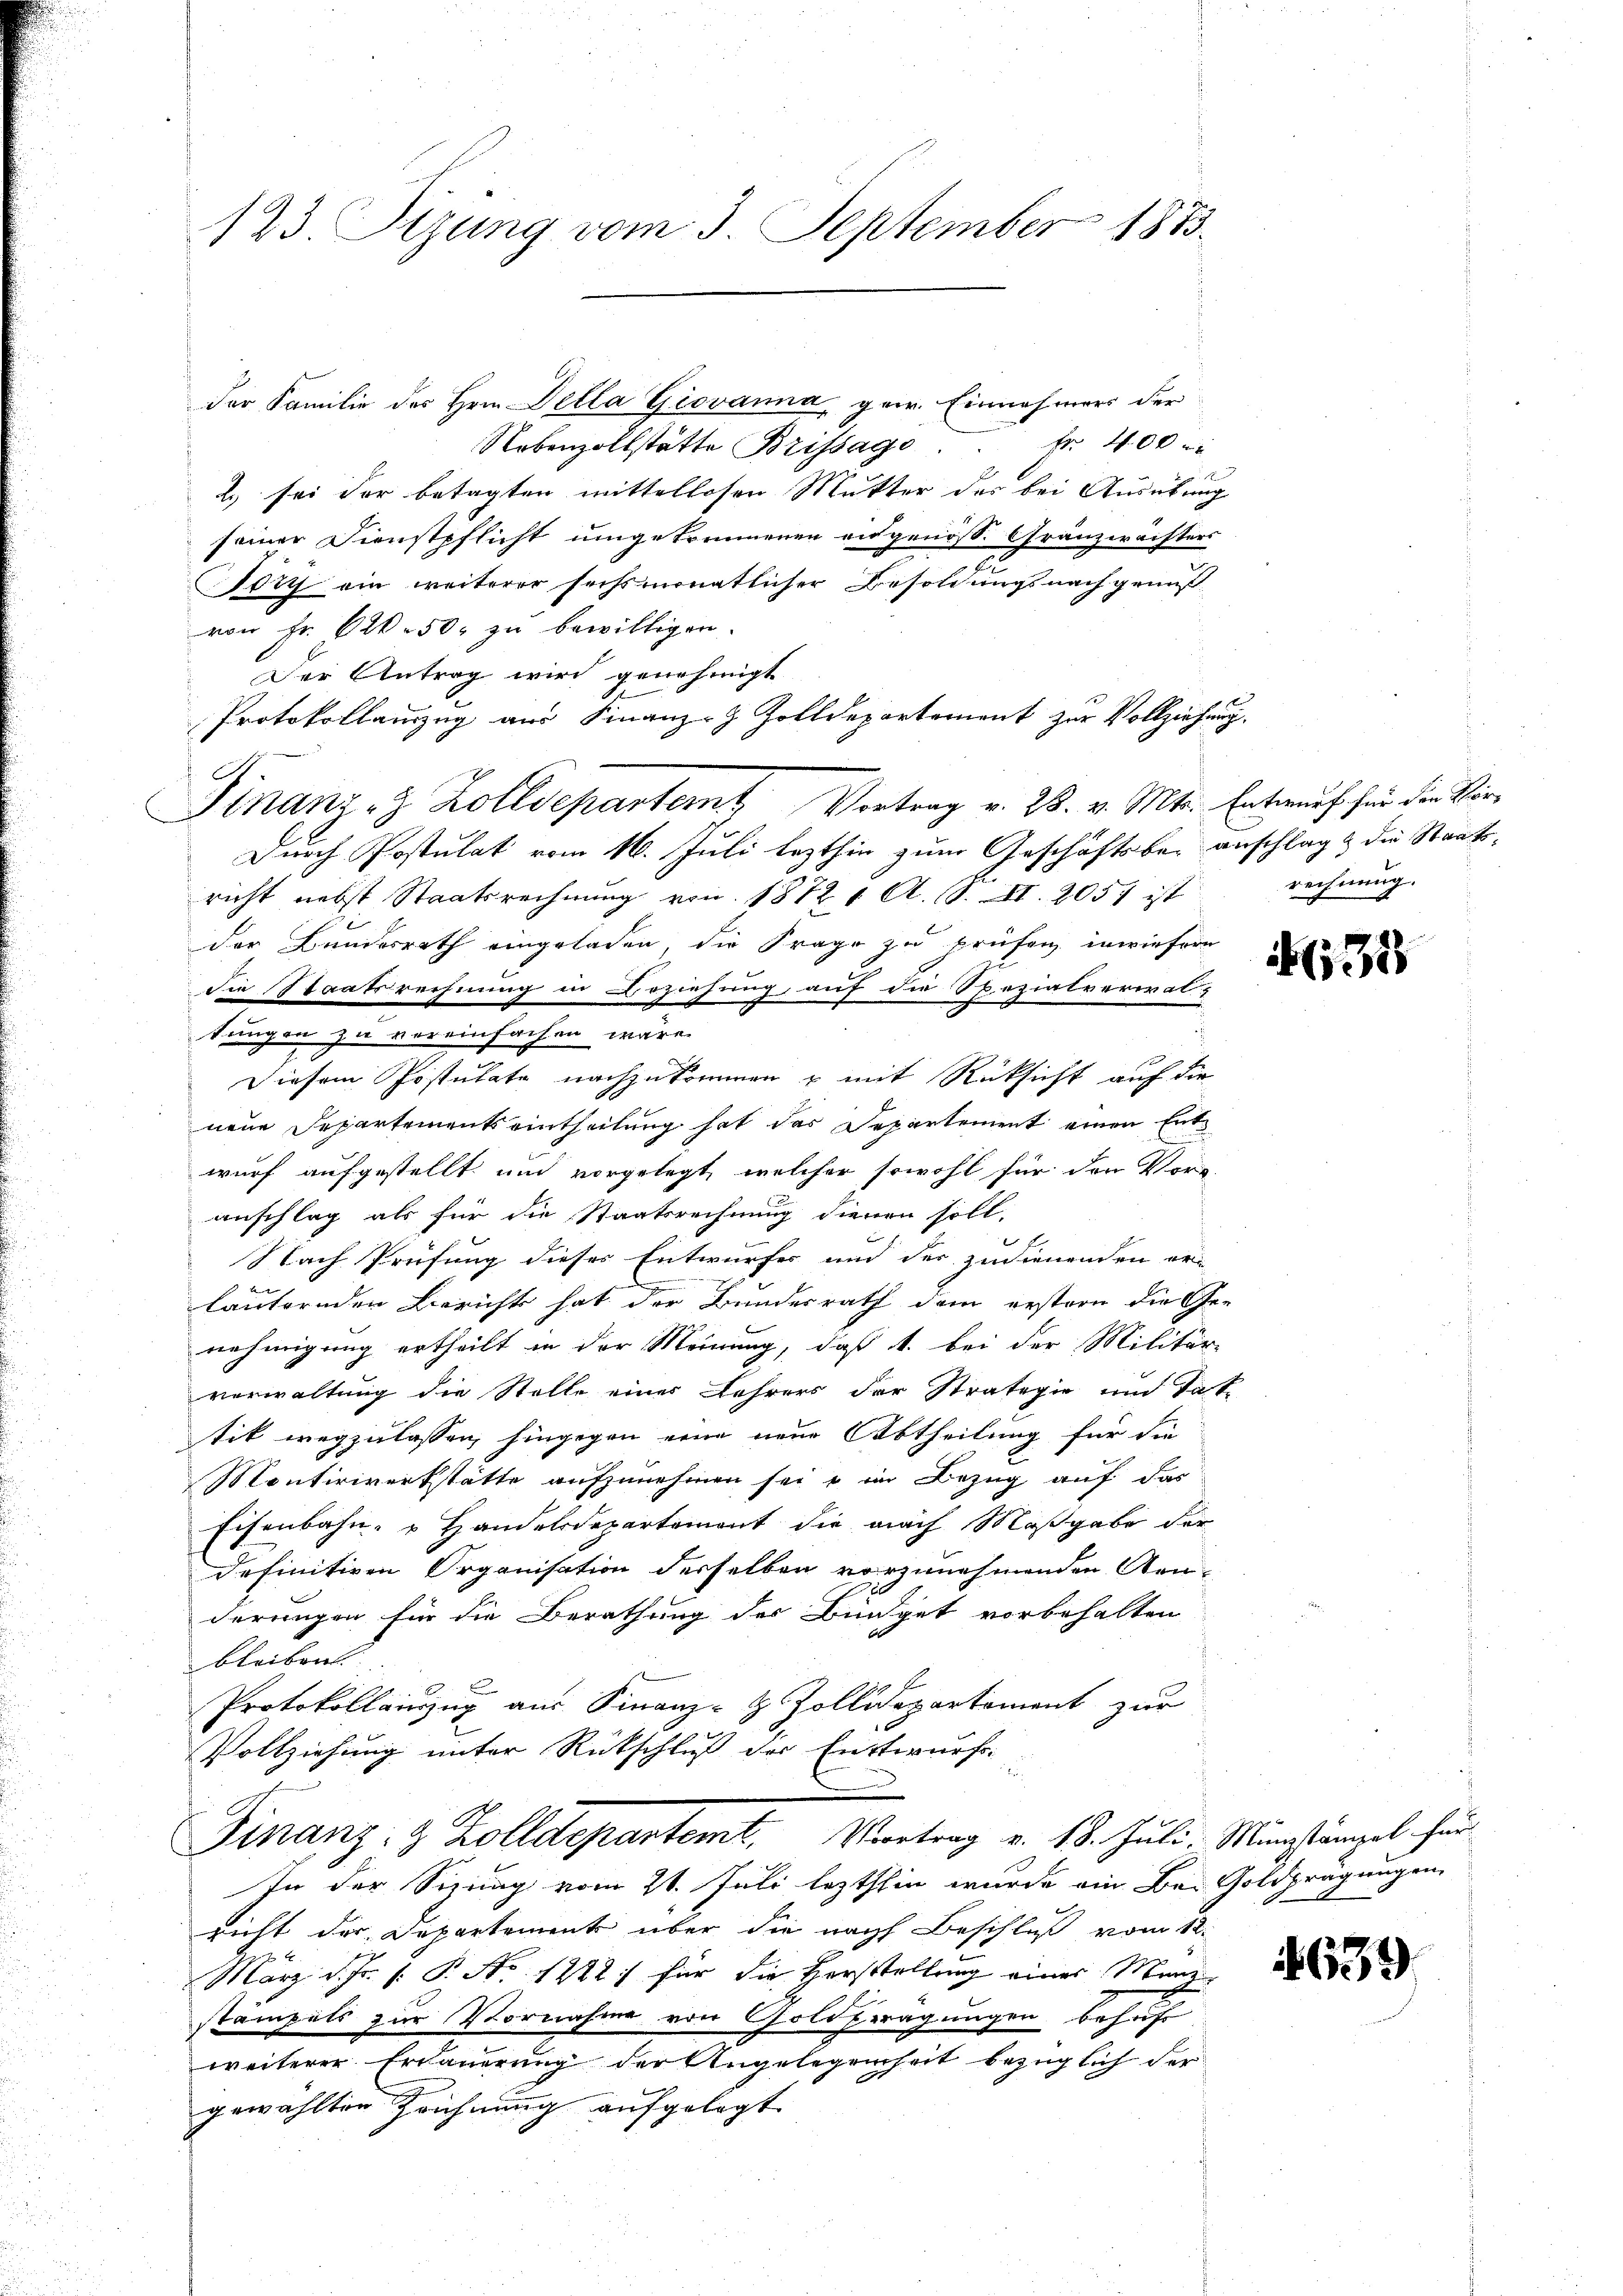
123. Sizung vom 3. September 1883.

9

der Familie des Hrn. Della Giovanna, gew. Einnahmers der
Nebenzollstätte Brissage fr. 400 r
2) sei der betagten mittellosen Mutter des bei Ausübung
seiner Dienstpflicht umgetrennenen ausgenöss. Gränzwächters
ory ein weiterer sechsmonatlicher Besoldungsnachgenuß
von Fr. 620. 50. zu bewilligen.
Der Antrag wird genehmigt
Protokollauszug aus Finanz- Zolldepartement zur Vollziehung,
Durch Postulat vom 16. Juli lezthin zum Geschäftsbei anschlag die Staats-
richt nebst Staatsrechnung von 1872 t A. S. II. 2057 ist
der Bundesrath eingeladen, die Frage zu prüfen, inwiefern
die Staatsrechnung in Beziehung auf die Spezialverwal-
tungen zu vereinfachen wäre.
Diesem Postulate nachzukommen & mit Rücksicht auf die
neue Departements eintheilung hat das Departement einen Entwurf aufgestellt und vorgelegt, welcher sowohl für den Vor-
anschlag als für die Staatsrechnung dienen soll.
Nach Prüfung dieses Entwurfes und der zudienenden er-
läuternden Bericht hat der Bundesrath dem erstern die Ge-
nehmigung ertheilt in der Meinung, daß 1. bei der Militär-
verwaltung die Stelle eines Lehrers der Stralogie und Tat-
tik wegzulassen, hingegen eine neue Abtheilung für die
Montiriverkstätte aufzunehmen sei & im Bezug auf das
Eisenbahn- u. Handelsdepartement die nach Maßgabe der
definitiven Organisation derselben vorzunehmenden Genderungen für die Berathung des Büdget vorbehalten
bleiben
Protokollauszug aus Finanz- & Zollidepartement zur
Vollziehung unter Rückschluß des Entwurfs-
Finanz- & Zolldepartemt. Vortrag v. 18. Juli, Münzstämpel für
In der Sizung vom 21. Juli lezthin wurde ein Bei Goldprägungen
richt der Departement über die nach Beschluß vom 12.
März d. J. P. Nr. 1272) für die Horstellung eines Manz
stampels zur Vornahme von Goldfragungen behuf
weiterer Erdauerung der Angelegenheit bezüglich der
gewählten Zeichnung aufgelegt.

Stnanz- & Zolldepartemt Vortrag v. 28. v. Mts. Entwurf für der Vere

rechnung.

13

25

639